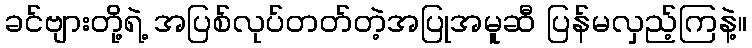
ခင်ဗျားတို့ရဲ့ အပြစ်လုပ်တတ်တဲ့အပြုအမူဆီ ပြန်မလှည့်ကြနဲ့။